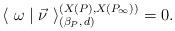
LaTeX: \begin{align*}\langle~ \omega \mid \vec{\nu} ~\rangle_{(\beta_P, \, d)}^{(X(P), X(P_\infty))}=0.\end{align*}